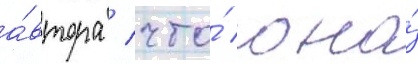
а́втора / что́ она́